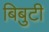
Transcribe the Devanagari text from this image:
बिबुटी